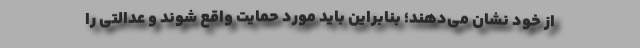
از خود نشان می‌دهند؛ بنابراین باید مورد حمایت واقع شوند و عدالتی را